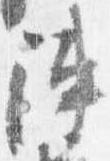
陣